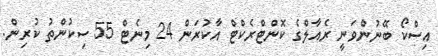
އިސްކޯ ބޭނުންވަނީ ރެއާލްގެ ކޮންޓްރެކްޓް އާކުރަން 24 މިނެޓް 55 ސިކުންތު ކުރިން.